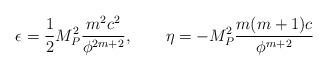
LaTeX: \begin{align*}\epsilon = \frac{1}{2} M_P^2 \frac{m^2 c^2}{\phi^{2m+2}}, \quad \quad\eta = - M_P^2 \frac{m(m+1)c}{\phi^{m+2}}\end{align*}